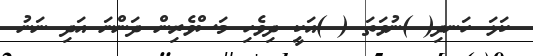
ކަޅަ ހަނދި( )ނުވަތަ ( )އަކީ ދިވެހި މަސްވެރިން ދަންނަ އަދި ނަނު